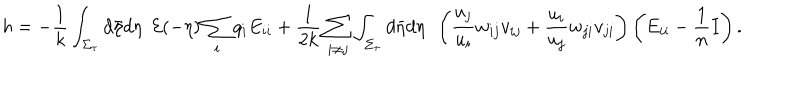
LaTeX: h = - \frac { 1 } { k } \int _ { \Sigma _ { \tau } } d \bar { \eta } d \eta ~ ~ { \cal E } ( - \eta ) \sum _ { i } q _ { i } E _ { i i } + \frac { 1 } { 2 k } \sum _ { i \neq j } \int _ { \Sigma _ { \tau } } d \bar { \eta } d \eta ~ ~ \left( \frac { u _ { j } } { u _ { i } } w _ { i j } v _ { i j } + \frac { u _ { i } } { u _ { j } } w _ { j i } v _ { j i } \right) \left( E _ { i i } - \frac { 1 } { n } I \right) .